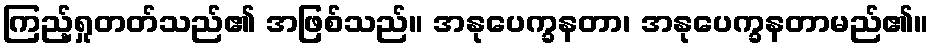
ကြည့်ရှုတတ်သည်၏ အဖြစ်သည်။ အနုပေက္ခနတာ၊ အနုပေက္ခနတာမည်၏။